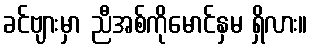
ခင်ဗျားမှာ ညီအစ်ကိုမောင်နှမ ရှိလား။